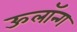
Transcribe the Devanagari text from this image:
ऊलॉन्ग